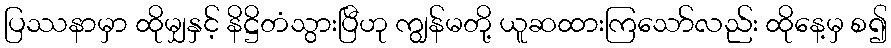
ပြဿနာမှာ ထိုမျှနှင့် နိဋ္ဌိတံသွားပြီဟု ကျွန်မတို့ ယူဆထားကြသော်လည်း ထိုနေ့မှ စ၍